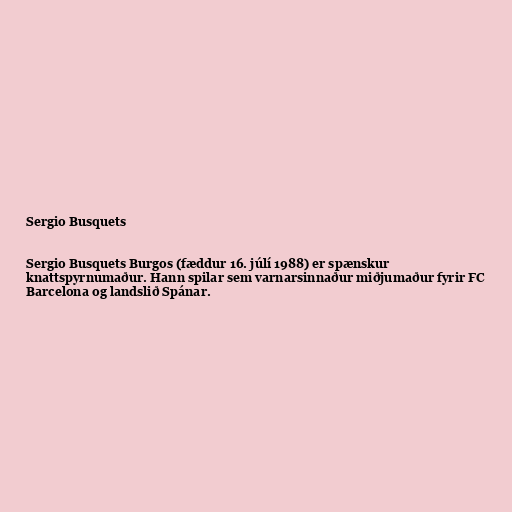
Sergio Busquets

Sergio Busquets Burgos (fæddur 16. júlí 1988) er spænskur
knattspyrnumaður. Hann spilar sem varnarsinnaður miðjumaður fyrir FC
Barcelona og landslið Spánar.